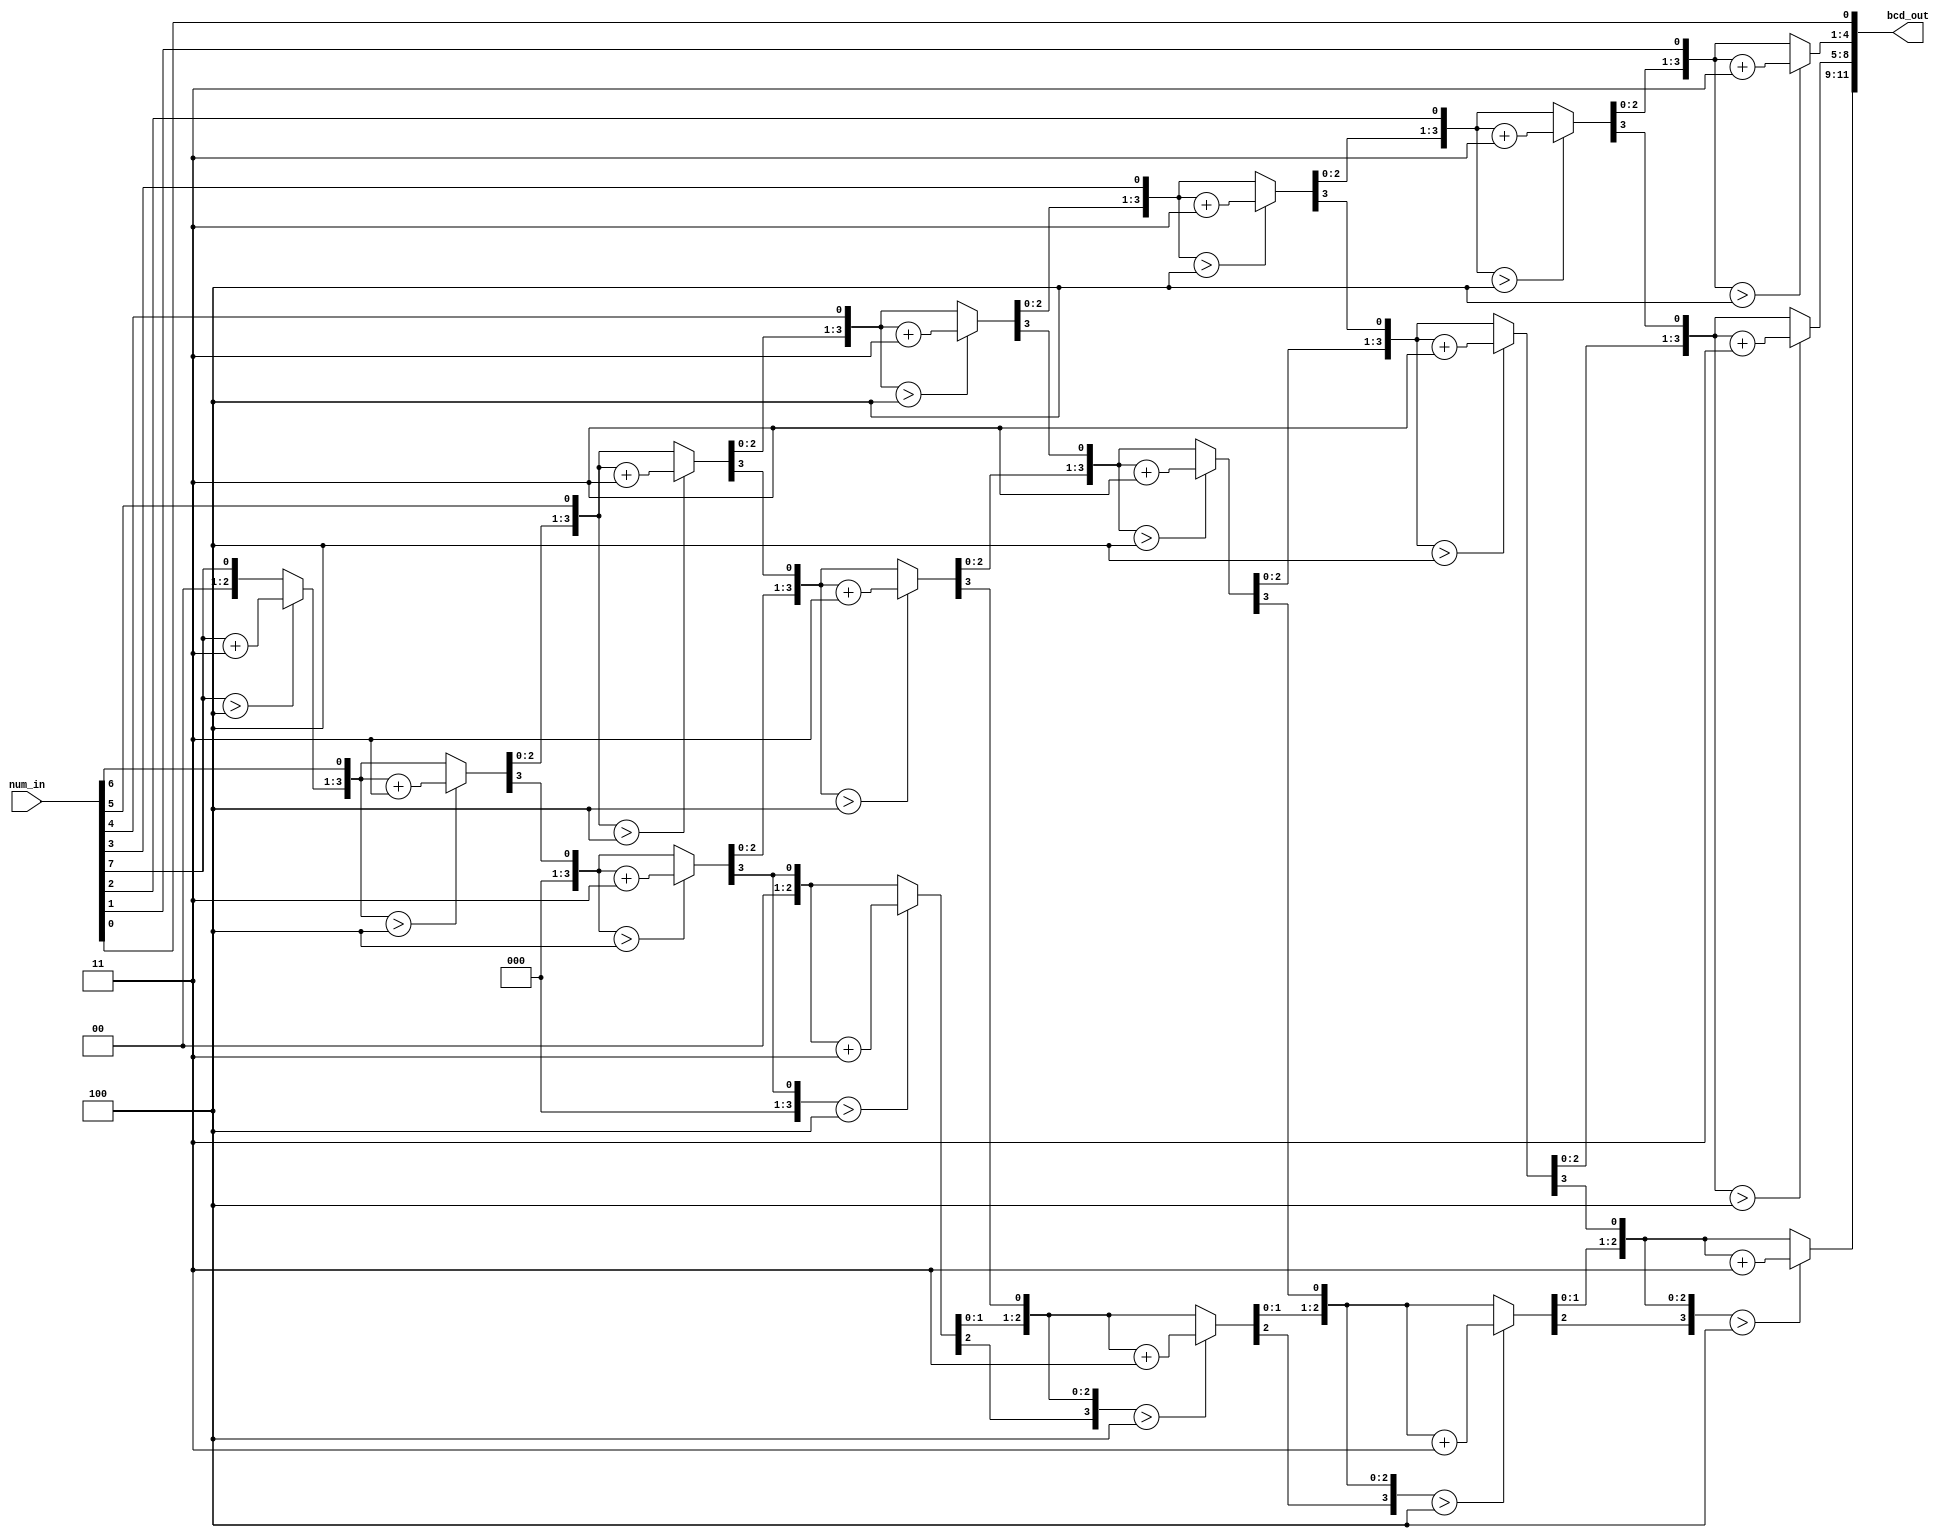
`timescale 1ns / 1ps


module double_dabble (

    input [7:0] num_in,
    output reg [11:0] bcd_out

);

    integer i; 
    
    always @(num_in)
    begin
        bcd_out = 0;
        for(i = 0; i < 8; i = i + 1)
        begin

            bcd_out = {bcd_out[10:0], num_in[7-i]};

            if (i < 7 && bcd_out[3:0] > 4)
                bcd_out[3:0] = bcd_out[3:0] + 3;

             if (i < 7 && bcd_out[7:4] > 4)
                bcd_out[7:4] = bcd_out[7:4] + 3;   
            
             if (i < 7 && bcd_out[11:8] > 4)
                bcd_out[11:8] = bcd_out[11:8] + 3;

        end

    end

endmodule